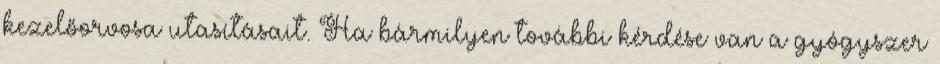
kezelőorvosa utasításait. Ha bármilyen további kérdése van a gyógyszer